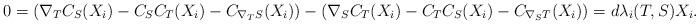
LaTeX: \begin{align*} 0=(\nabla_T C_S(X_i)-C_SC_T(X_i)-C_{\nabla_T S}(X_i))-(\nabla_S C_T(X_i)-C_TC_S(X_i)-C_{\nabla_S T}(X_i))=d\lambda_i(T,S)X_i. \end{align*}